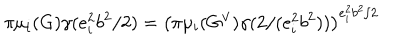
\pi \mu _ { i } ( G ) \gamma ( e _ { i } ^ { 2 } b ^ { 2 } / 2 ) = \left( \pi \mu _ { i } ( G ^ { \vee } ) \gamma ( 2 / ( e _ { i } ^ { 2 } b ^ { 2 } ) ) \right) ^ { e _ { i } ^ { 2 } b ^ { 2 } / 2 }